Lunatic asylums in Bengal annual reports 1912-1924 - 1912-1924
Year: 1912
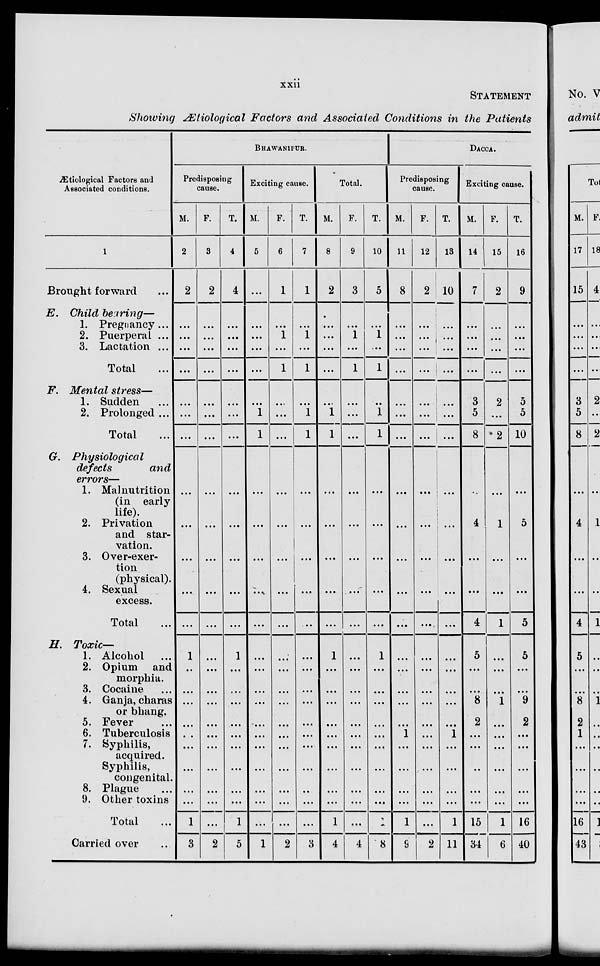
xxii
STATEMENT
Showing Ætiological Factors and Associated Conditions in the Patients
Ætiological Factors and
Associated conditions.
1
Brought forward ...
E. Child bearing—
1. Pregnancy...
2. Puerperal ...
3. Lactation ...
Total ...
F. Mental stress—
1. Sudden ...
2. Prolonged ...
Total ...
G.
Physiological
defects
and
errors—
1. Malnutrition
(in early
life).
2. Privation
and star-
vation.
3. Over-exer-
tion
(physical).
4. Sexual
excess.
Total ...
H. Toxic—
1. Alcohol ...
2. Opium and
morphia.
3. Cocaine
...
4. Ganja, charas
or bhang.
5. Fever ...
6. Tuberculosis
7. Syphilis,
acquired.
Syphilis,
congenital.
8. Plague ...
9. Other toxins
Total ...
Carried over ...
BHAWANIPUR.
Predisposing
cause.
M.
2
2
...
...
...
...
...
...
...
...
...
...
...
...
1
...
...
...
...
..
...
...
...
...
1
3
F.
3
2
...
...
...
...
...
...
...
...
...
...
...
...
...
...
...
...
...
...
...
...
...
...
...
2
T.
4
4
...
...
...
...
...
...
...
...
...
...
...
...
1
...
...
...
...
...
...
...
...
...
1
5
Exciting cause.
M.
5
...
...
...
...
...
...
1
1
...
...
...
...
...
...
...
...
...
...
...
...
...
...
...
...
1
F.
6
1
...
1
...
1
...
...
...
...
...
...
...
...
...
...
...
...
...
...
...
...
...
...
...
2
T.
7
1
...
1
...
1
...
1
1
...
...
...
...
...
...
...
...
...
...
...
...
...
..
...
...
3
Total.
M.
8
2
...
...
...
...
...
1
1
...
...
...
...
...
1
...
...
...
...
...
...
...
...
...
1
4
F.
9
3
...
1
...
1
...
...
...
...
...
...
...
...
...
...
...
...
...
...
...
...
...
...
...
4
T.
10
5
...
1
...
1
...
1
1
...
...
...
...
...
1
...
...
...
...
...
...
...
...
...
1
8
DACCA.
Predisposing
cause.
M.
11
8
...
...
...
...
...
...
...
...
...
...
...
...
...
...
...
...
...
1
...
...
...
...
1
9
F.
12
2
...
...
...
...
...
...
...
...
...
...
...
...
...
...
...
...
...
...
...
...
...
...
...
2
T.
13
10
...
...
...
...
...
...
...
...
...
...
...
...
...
...
...
...
...
1
...
...
...
...
1
11
Exciting cause.
M.
14
7
...
...
...
...
3
5
8
...
4
...
...
4
5
...
...
8
2
...
...
...
...
...
15
34
F.
15
2
...
...
...
...
2
. ..
2
...
1
...
...
1
...
...
...
1
...
...
...
...
...
...
1
6
T.
16
9
...
...
...
...
5
5
10
...
5
...
...
5
5
...
...
9
2
...
...
...
...
...
16
40